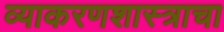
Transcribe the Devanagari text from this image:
व्याकरणशास्त्राचा